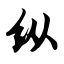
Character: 纵